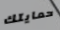
حمايتك